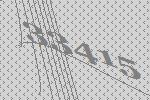
33415